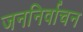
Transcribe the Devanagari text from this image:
जननिर्वाचन